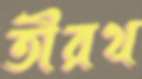
তীরথ